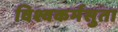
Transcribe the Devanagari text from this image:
विश्वकर्मसुता